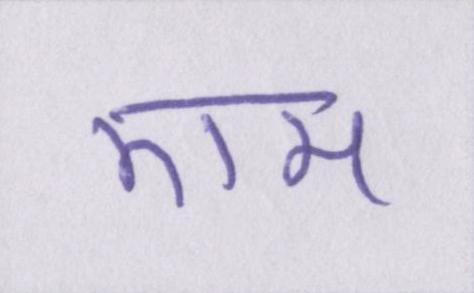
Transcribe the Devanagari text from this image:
एम